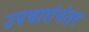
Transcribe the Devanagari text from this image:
उपचारांनंतर